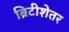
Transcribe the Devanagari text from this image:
ब्रिटीशेतर